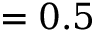
= 0 . 5